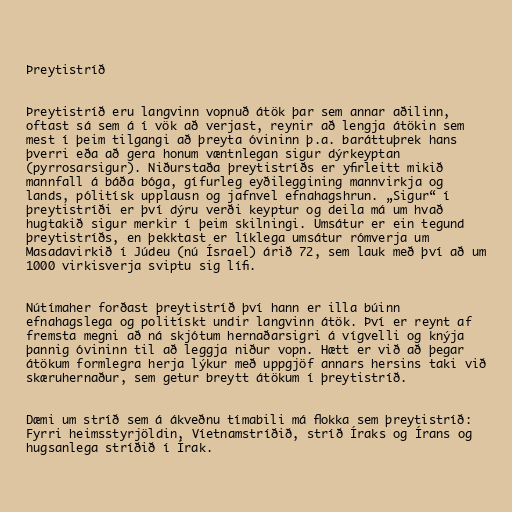
Þreytistríð

Þreytistríð eru langvinn vopnuð átök þar sem annar aðilinn,
oftast sá sem á í vök að verjast, reynir að lengja átökin sem
mest í þeim tilgangi að þreyta óvininn þ.a. baráttuþrek hans
þverri eða að gera honum væntnlegan sigur dýrkeyptan
(pyrrosarsigur). Niðurstaða þreytistríðs er yfirleitt mikið
mannfall á báða bóga, gífurleg eyðileggining mannvirkja og
lands, pólitísk upplausn og jafnvel efnahagshrun. „Sigur“ í
þreytistríði er því dýru verði keyptur og deila má um hvað
hugtakið sigur merkir í þeim skilningi. Umsátur er ein tegund
þreytistríðs, en þekktast er líklega umsátur rómverja um
Masadavirkið í Júdeu (nú Ísrael) árið 72, sem lauk með því að um
1000 virkisverja sviptu sig lífi.

Nútímaher forðast þreytistríð því hann er illa búinn
efnahagslega og politískt undir langvinn átök. Því er reynt af
fremsta megni að ná skjótum hernaðarsigri á vígvelli og knýja
þannig óvininn til að leggja niður vopn. Hætt er við að þegar
átökum formlegra herja lýkur með uppgjöf annars hersins taki við
skæruhernaður, sem getur breytt átökum í þreytistríð.

Dæmi um stríð sem á ákveðnu tímabili má flokka sem þreytistríð:
Fyrri heimsstyrjöldin, Víetnamstríðið, stríð Íraks og Írans og
hugsanlega stríðið í Írak.